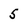
Character: 5